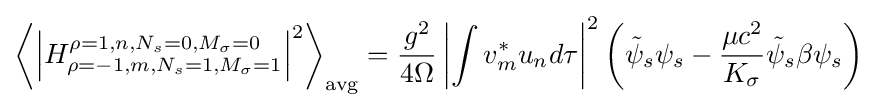
\left\langle \left|H_{\rho =-1,m,N_{s}=1,M_{\sigma }=1}^{\rho =1,n,N_{s}=0,M_{\sigma }=0}\right|^{2}\right\rangle _{\text{avg}}={\frac {g^{2}}{4\Omega }}\left|\int v_{m}^{*}u_{n}d\tau \right|^{2}\left({\tilde {\psi }}_{s}\psi _{s}-{\frac {\mu c^{2}}{K_{\sigma }}}{\tilde {\psi }}_{s}\beta \psi _{s}\right)